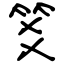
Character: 笅